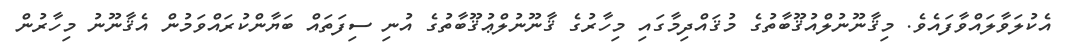
އެކުލަވާލައްވާފައެވެ. މިޤާނޫނުލްއުޤޫބާތުގެ މުޤައްދިމާގައި މިހާރުގެ ޤާނޫނުލްޢުޤޫބާތުގެ އުނި ސިފަތައް ބަޔާންކުރައްވަމުން އެޤާނޫނު މިހާރުން